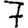
Digit: 7